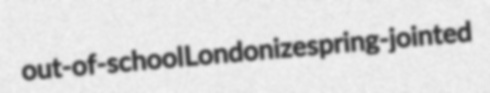
out-of-school Londonize spring-jointed